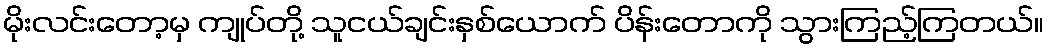
မိုးလင်းတော့မှ ကျုပ်တို့ သူငယ်ချင်းနှစ်ယောက် ပိန်းတောကို သွားကြည့်ကြတယ်။